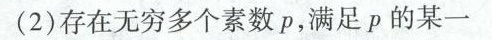
(2)存在无穷多个素数p，满足p的某一